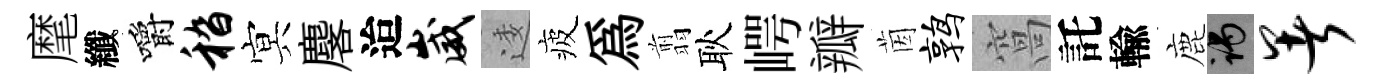
麾纖嚼嵇㝠麐迨崴逶疲為翦耿崿瓣茵鹑窩託輸鹿谒暑